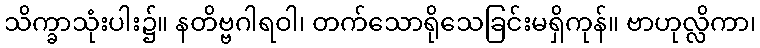
သိက္ခာသုံးပါး၌။ နတိဗ္ဗဂါရဝါ၊ တက်သောရိုသေခြင်းမရှိကုန်။ ဗာဟုလ္လိကာ၊